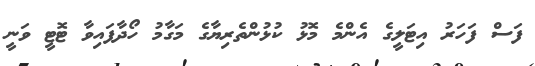
ފަސް ފަހަރު އިޓަލީގެ އެންމެ މޮޅު ކުޅުންތެރިޔާގެ މަގާމު ހޯދާފައިވާ ޓޮޓީ ވަނީ